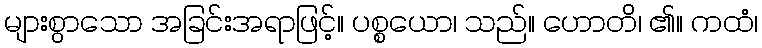
များစွာသော အခြင်းအရာဖြင့်။ ပစ္စယော၊ သည်။ ဟောတိ၊ ၏။ ကထံ၊